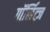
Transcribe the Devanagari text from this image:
गॉर्लित्ज़